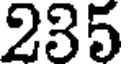
235